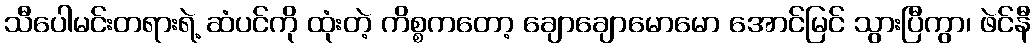
သီပေါမင်းတရားရဲ့ ဆံပင်ကို ထုံးတဲ့ ကိစ္စကတော့ ချောချောမောမော အောင်မြင် သွားပြီကွာ၊ ဖဲင်နီ